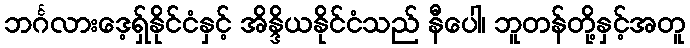
ဘင်္ဂလားဒေ့ရှ်နိုင်ငံနှင့် အိန္ဒိယနိုင်ငံသည် နီပေါ၊ ဘူတန်တို့နှင့်အတူ